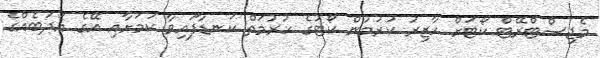
މެޖިސްޓްރޭޓް ކޯޓަށް ހާޒިރު ކުރުމުން ކޯޓުގެ ހުުރުމަތް ކަނޑާފައިވާ ކަމަށާއި އޭގެ އަދަބެއްގެ